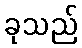
ခုသည်